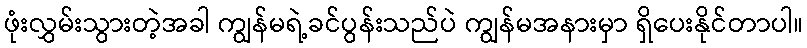
ဖုံးလွှမ်းသွားတဲ့အခါ ကျွန်မရဲ့ခင်ပွန်းသည်ပဲ ကျွန်မအနားမှာ ရှိပေးနိုင်တာပါ။